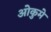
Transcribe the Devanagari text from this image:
ओकुमे